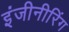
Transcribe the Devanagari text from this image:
इंजीनीरिंग